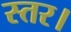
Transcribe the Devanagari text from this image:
स्तर।